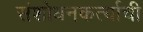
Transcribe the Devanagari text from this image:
संशोधनकर्त्याची